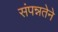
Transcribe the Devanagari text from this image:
संपन्नतेने